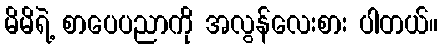
မိမိရဲ့ စာပေပညာကို အလွန်လေးစား ပါတယ်။